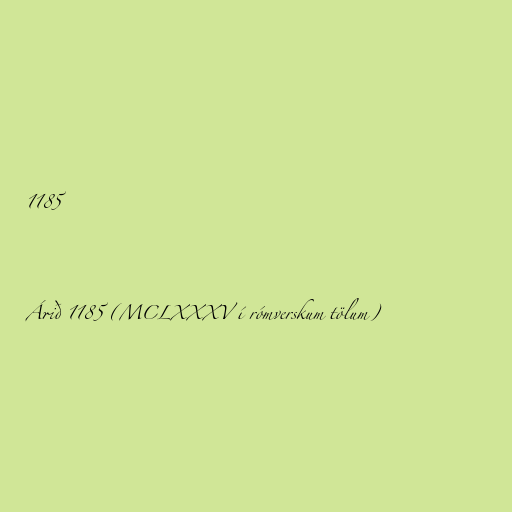
1185

Árið 1185 (MCLXXXV í rómverskum tölum)